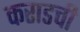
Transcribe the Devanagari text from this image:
कराडची